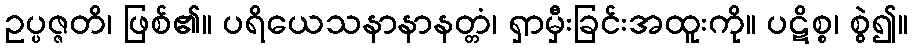
ဥပ္ပဇ္ဇတိ၊ ဖြစ်၏။ ပရိယေသနာနာနတ္တံ၊ ရှာမှီးခြင်းအထူးကို။ ပဋိစ္စ၊ စွဲ၍။